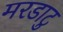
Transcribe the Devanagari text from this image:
मरडाटु